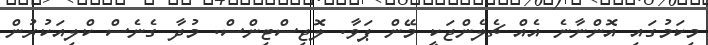
މިކަމުގައި އޮންނާނެ އެއް ޗެލެންޖަކީ މޭން ޕަވާ. ލޮޖިސްޓިންސް. މުދާ ގެނެސް ކްލިއަކުރުން